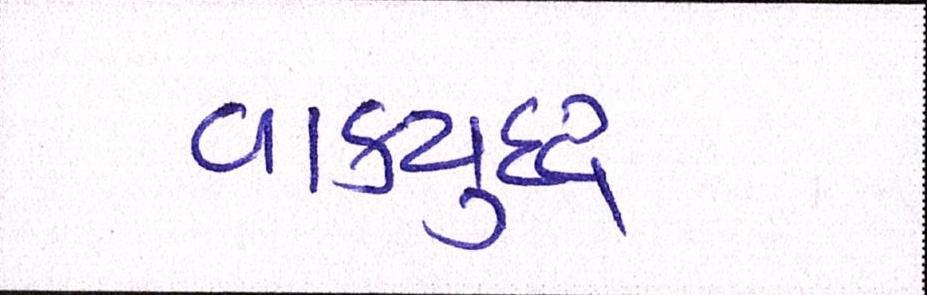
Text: વાકયુદ્ધ